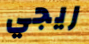
ريجي